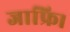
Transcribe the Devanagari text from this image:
जाफ्रि।